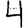
Digit: 4